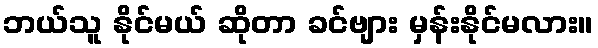
ဘယ်သူ နိုင်မယ် ဆိုတာ ခင်ဗျား မှန်းနိုင်မလား။